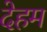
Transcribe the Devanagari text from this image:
देहम